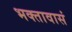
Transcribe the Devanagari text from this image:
भक्तावासं